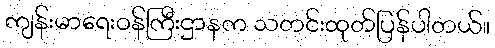
ကျန်းမာရေးဝန်ကြီးဌာနက သတင်းထုတ်ပြန်ပါတယ်။